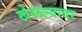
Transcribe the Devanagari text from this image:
खेळल्यावर